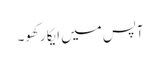
آپس میں ایکا رکھو۔